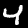
Label: 4